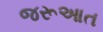
જરૂઆત